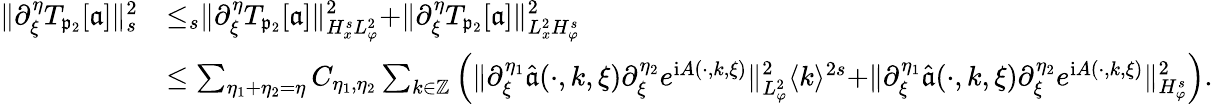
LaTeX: \begin{array}{rl}{\rVert\partial_{\xi}^{\eta}T_{\mathfrak{p}_{2}}[\mathfrak{a}]\rVert_{s}^{2}}&{\le_{s}\rVert\partial_{\xi}^{\eta}T_{\mathfrak{p}_{2}}[\mathfrak{a}]\rVert_{H_{x}^{s}L_{\varphi}^{2}}^{2}+\rVert\partial_{\xi}^{\eta}T_{\mathfrak{p}_{2}}[\mathfrak{a}]\rVert_{L_{x}^{2}H_{\varphi}^{s}}^{2}}\\ &{\le\sum_{\eta_{1}+\eta_{2}=\eta}C_{\eta_{1},\eta_{2}}\sum_{k\in\mathbb{Z}}\left(\rVert\partial_{\xi}^{\eta_{1}}\widehat{\mathfrak{a}}(\cdot,k,\xi)\partial_{\xi}^{\eta_{2}}e^{\mathrm{i}A(\cdot,k,\xi)}\rVert_{L_{\varphi}^{2}}^{2}\langle k\rangle^{2s}+\rVert\partial_{\xi}^{\eta_{1}}\widehat{\mathfrak{a}}(\cdot,k,\xi)\partial_{\xi}^{\eta_{2}}e^{\mathrm{i}A(\cdot,k,\xi)}\rVert_{H_{\varphi}^{s}}^{2}\right).}\end{array}